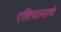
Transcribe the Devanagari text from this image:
एसियानाणे